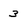
Character: 3